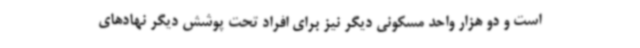
است و دو هزار واحد مسکونی دیگر نیز برای افراد تحت پوشش دیگر نهادهای